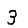
Digit: 3